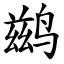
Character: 鹚